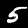
Digit: 5